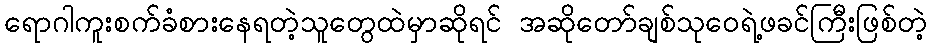
ရောဂါကူးစက်ခံစားနေရတဲ့သူတွေထဲမှာဆိုရင် အဆိုတော်ချစ်သုဝေရဲ့ဖခင်ကြီးဖြစ်တဲ့